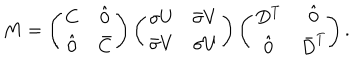
LaTeX: { M } = \left( \begin{array} { c c } { { C } } & { { \hat { 0 } } } \\ { { \hat { 0 } } } & { { \bar { C } } } \\ \end{array} \right) \left( \begin{array} { c c } { { \sigma U } } & { { \bar { \sigma } V } } \\ { { \bar { \sigma } V } } & { { \sigma U } } \\ \end{array} \right) \left( \begin{array} { c c } { { D ^ { T } } } & { { \hat { 0 } } } \\ { { \hat { 0 } } } & { { \bar { D } ^ { T } } } \\ \end{array} \! \right) .